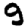
Digit: 9